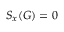
S _ { x } ( G ) = 0